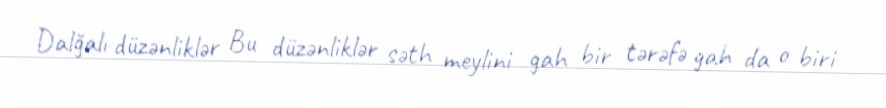
Dalğalı düzənliklər Bu düzənliklər səth meylini gah bir tərəfə gah da o biri